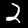
Label: 2